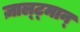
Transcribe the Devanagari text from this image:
ज़ाल्ट्मान्